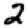
Digit: 2